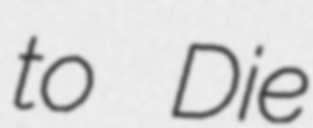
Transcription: to Die